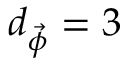
d _ { \vec { \phi } } = 3